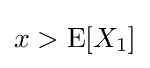
x>\operatorname {E} [X_{1}]